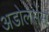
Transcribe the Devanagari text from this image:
अडोलेसेंस